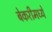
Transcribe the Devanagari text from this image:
बेकरीमध्ये